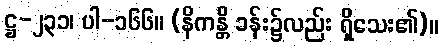
ဋ္ဌ-၂၃၁၊ ပါ-၁၆၆။ (နိကန္တိ ခန်း၌လည်း ရှိသေး၏)။